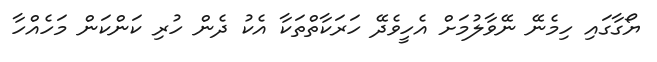
ޔޯގާގައި ހިމެނޭ ނޭވާލުމަށް އެހީވެދޭ ހަރަކާތްތަކާ އެކު ދެން ހުރި ކަންކަން މަހެއްހާ